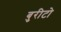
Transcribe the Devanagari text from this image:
बुरीटो